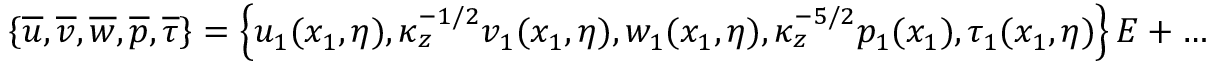
\left\{ \overline { { u } } , \overline { { v } } , \overline { { w } } , \overline { { p } } , \overline { { \tau } } \right\} = \left\{ u _ { 1 } ( x _ { 1 } , \eta ) , \kappa _ { z } ^ { - 1 / 2 } v _ { 1 } ( x _ { 1 } , \eta ) , w _ { 1 } ( x _ { 1 } , \eta ) , \kappa _ { z } ^ { - 5 / 2 } p _ { 1 } ( x _ { 1 } ) , \tau _ { 1 } ( x _ { 1 } , \eta ) \right\} E + \ldots